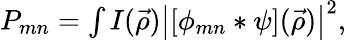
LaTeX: \begin{array}{r}{P_{mn}=\int I(\vec{\rho})\left|[\phi_{mn}*\psi](\vec{\rho})\right|^{2},}\end{array}